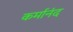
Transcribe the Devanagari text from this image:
कर्मानंद